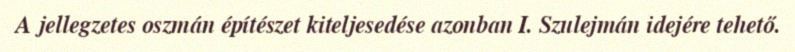
A jellegzetes oszmán építészet kiteljesedése azonban I. Szulejmán idejére tehető.